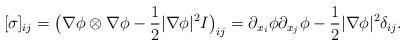
LaTeX: \begin{align*} [\sigma]_{ij}=\big(\nabla\phi\otimes\nabla\phi-\frac{1}{2}|\nabla\phi|^{2}I\big)_{ij} =\partial_{x_{i}}\phi\partial_{x_{j}}\phi-\frac{1}{2}|\nabla\phi|^{2}\delta_{ij}.\end{align*}